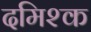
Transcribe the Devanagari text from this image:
दमिश्‍क